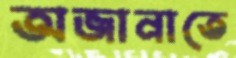
অজানাতে